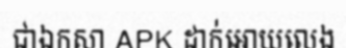
ជាឯកសា APK ដាក់អោយលេង